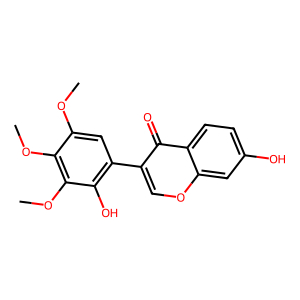
SMILES: COc1cc(-c2coc3cc(O)ccc3c2=O)c(O)c(OC)c1OC
Inhibits HIV replication: No